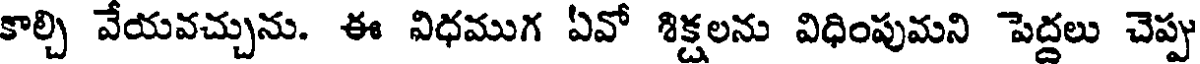
కాల్చి వేయవచ్చును. ఈ విధముగ ఏవో శిక్షలను విధింపుమని పెద్దలు చెప్ప